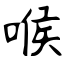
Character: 喉